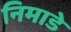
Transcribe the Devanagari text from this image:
निमाडे